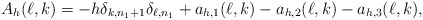
\begin{align*}A_h(\ell,k)=-h\delta_{k,n_1+1}\delta_{\ell,n_1}+a_{h,1}(\ell,k)-a_{h,2}(\ell,k)-a_{h,3}(\ell,k),\end{align*}